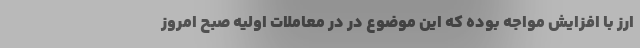
ارز با افزایش مواجه بوده که این موضوع در در معاملات اولیه صبح امروز